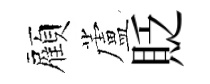
顏蘆貶